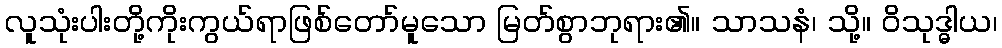
လူသုံးပါးတို့ကိုးကွယ်ရာဖြစ်တော်မူသော မြတ်စွာဘုရား၏။ သာသနံ၊ သို့။ ဝိသုဒ္ဓါယ၊